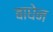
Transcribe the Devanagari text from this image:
बाघेन